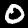
Digit: 0